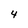
Character: 4